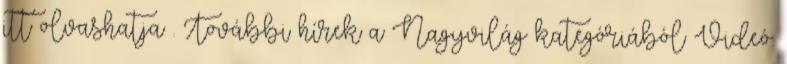
itt olvashatja . További hírek a Nagyvilág kategóriából Videó: